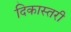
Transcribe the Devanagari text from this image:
दिकास्तरी